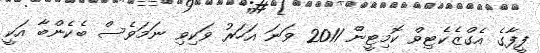
ފީފާގެ އެގްޒެކެޓިވް ކޮމިޓީން 2011 ވަނަ އަހަރު ވަކިވި ނަމަވެސް ބެކެންބާ އަކީ